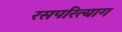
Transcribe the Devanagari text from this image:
रसपरित्याग